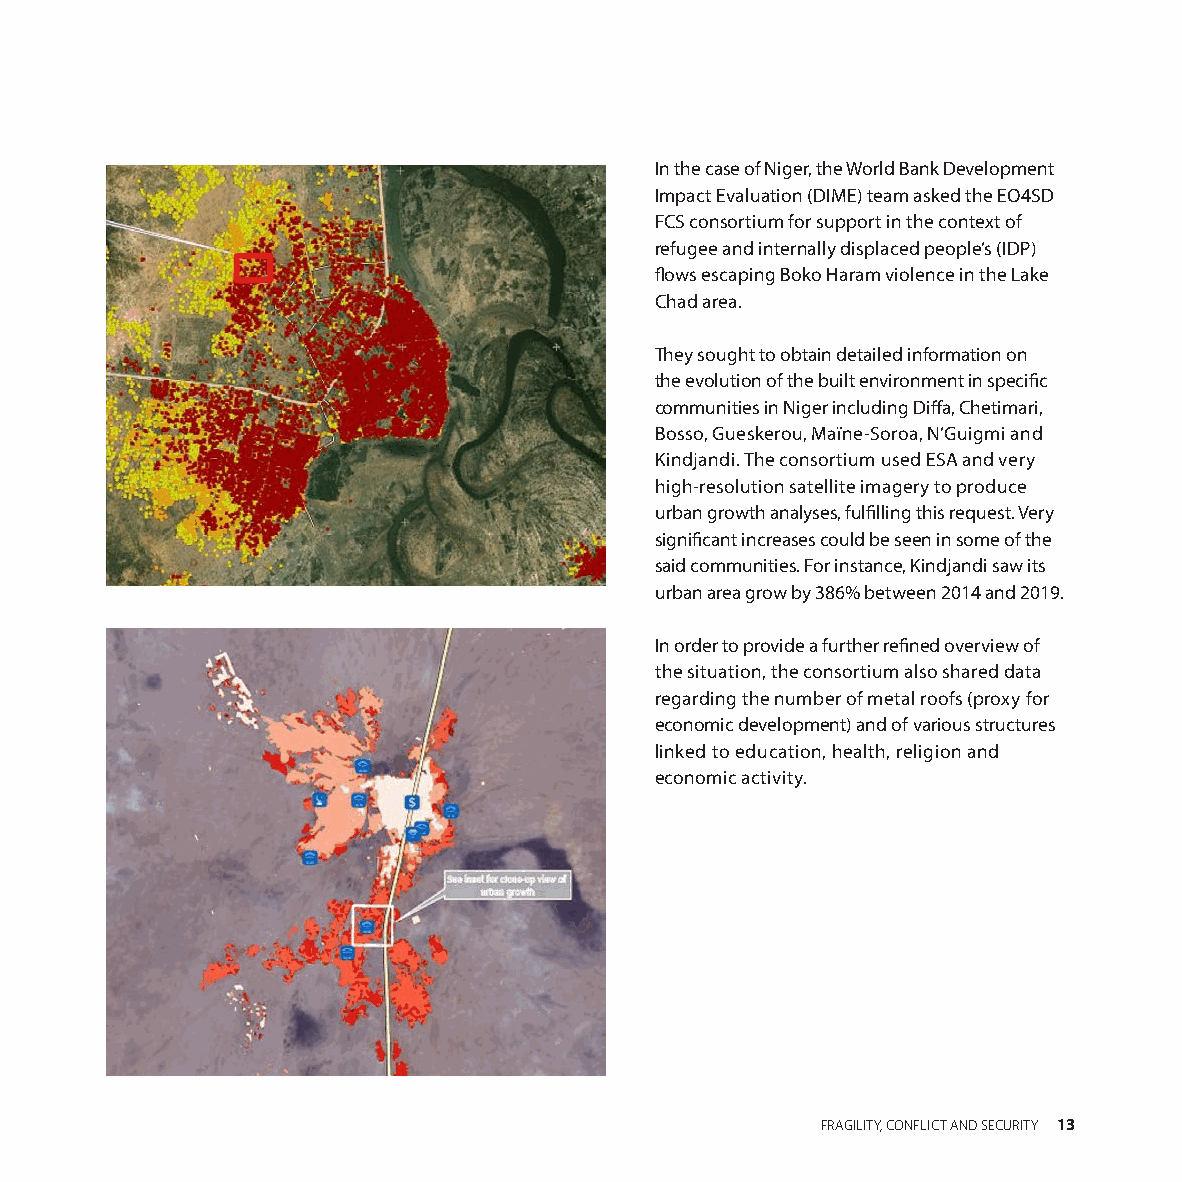
In the case of Niger, the World Bank Development
 Impact Evaluation (DIME) team asked the EO4SD
 FCS consortium for support in the context of
 refugee and internally displaced people’s (IDP)
 flows escaping Boko Haram violence in the Lake
 Chad area.
 They sought to obtain detailed information on
 the evolution of the built environment in specific
 communities in Niger including Diffa, Chetimari,
 Bosso, Gueskerou, Maïne-Soroa, N’Guigmi and
 Kindjandi. The consortium used ESA and very
 high-resolution satellite imagery to produce
 urban growth analyses, fulfilling this request. Very
 significant increases could be seen in some of the
 said communities. For instance, Kindjandi saw its
 urban area grow by 386% between 2014 and 2019.
 In order to provide a further refined overview of
 the situation, the consortium also shared data
 regarding the number of metal roofs (proxy for
 economic development) and of various structures
 linked to education, health, religion and
 economic activity.
 FRAGILITY, CONFLICT AND SECURITY 13